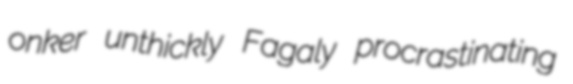
onker unthickly Fagaly procrastinating